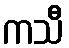
ကသီ